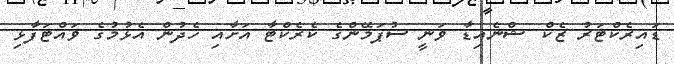
ޑައިރެކްޓަރު ޒެކް ޝްނެއިޑާ ވަނީ ސުޕަމޭންގެ ކެރެކްޓާ އަށާއި ހެދުން އެޅުމުގެ ވައްޓަފާޅި